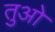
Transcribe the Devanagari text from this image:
तुओ